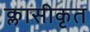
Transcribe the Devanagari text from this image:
क्लासीकृत